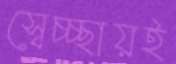
স্বেচ্চ্ছায়ই